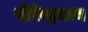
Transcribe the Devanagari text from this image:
बीरेन्द्रनाथ